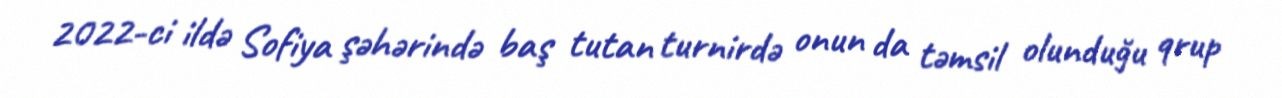
2022-ci ildə Sofiya şəhərində baş tutan turnirdə onun da təmsil olunduğu qrup